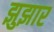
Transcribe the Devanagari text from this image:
झुझार